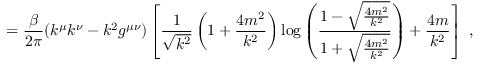
= \frac { \beta } { 2 \pi } ( k ^ { \mu } k ^ { \nu } - k ^ { 2 } g ^ { \mu \nu } ) \left[ \frac { 1 } { \sqrt { k ^ { 2 } } } \left( 1 + \frac { 4 m ^ { 2 } } { k ^ { 2 } } \right) \log \left( \frac { 1 - \sqrt { \frac { 4 m ^ { 2 } } { k ^ { 2 } } } } { 1 + \sqrt { \frac { 4 m ^ { 2 } } { k ^ { 2 } } } } \right) + \frac { 4 m } { k ^ { 2 } } \right] \, \, ,